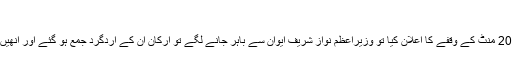
‘
مولانا فضل الرحمان کی تقریر ختم ہونے پر سپیکر نے 20 منٹ کے وقفے کا اعلان کیا تو وزیراعظم نواز شریف ایوان سے باہر جانے لگے تو ارکان ان کے اردگرد جمع ہو گئے اور انھیں پرچیاں دینے لگے جو وہ اپنی جیب میں ڈال رہے تھے۔